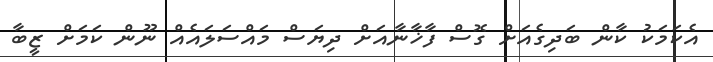
އެކަމަކު ކާން ބަދިގެއަށް ގޮސް ފާޚާނާއަށް ދިޔަސް މައްސަލައެއް ނޫން ކަމަށް ޒީބާ